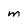
Character: m